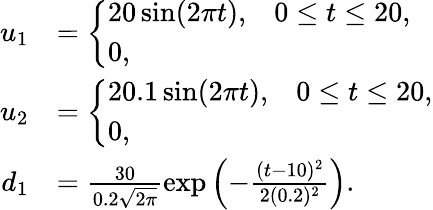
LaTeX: \begin{array}{rl}{u_{1}}&{=\left\{ \begin{array}{ll}{20\sin(2\pi t),\; \; \; 0\leq t\leq 20,}\\ {0,}\end{array}\right.}\\ {u_{2}}&{=\left\{ \begin{array}{ll}{20.1\sin(2\pi t),\; \; \; 0\leq t\leq 20,}\\ {0,}\end{array}\right.}\\ {d_{1}}&{=\frac{30}{0.2\sqrt{2\pi}}\exp\left(-\frac{(t-10)^{2}}{2(0.2)^{2}}\right).}\end{array}